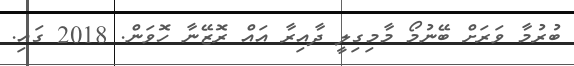
ބުރުމާ ވަރަށް ބޭނުމޯ މާމިގިލީ ދާއިރާ އައް ރޮޒޭނާ ހޮވަން. 2018 ގައި.